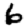
Digit: 6